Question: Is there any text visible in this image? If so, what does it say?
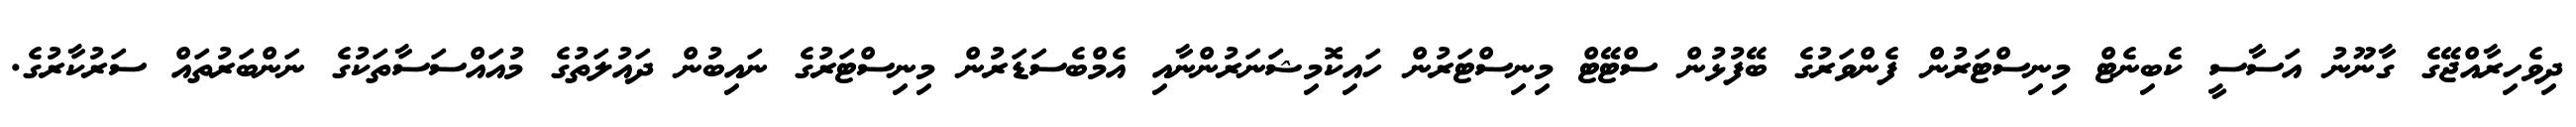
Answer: ދިވެހިރާއްޖޭގެ ގާނޫނު އަސާސީ ކެބިނެޓް މިނިސްޓަރުން ފެންވަރުގެ ބޭފުޅުން ސްޓޭޓް މިނިސްޓަރުން ހައިކޮމިޝަނަރުންނާއި އެމްބެސަޑަރުން މިނިސްޓަރުގެ ނައިބުން ދައުލަތުގެ މުއައްސަސާތަކުގެ ނަންބަރުތައް ސަރުކާރުގެ.